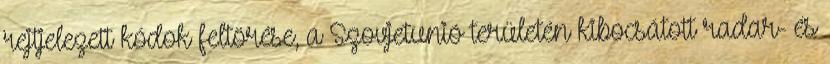
rejtjelezett kódok feltörése, a Szovjetunió területén kibocsátott radar- és